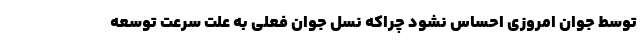
توسط جوان امروزی احساس نشود چراکه نسل جوان فعلی به علت سرعت توسعه